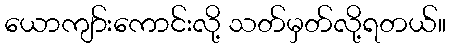
ယောကျာ်းကောင်းလို့ သတ်မှတ်လို့ရတယ်။